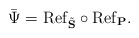
\begin{align*}\bar \Psi = \mathrm{Ref}_{\tilde{\mathbf S}} \circ \mathrm{Ref}_{\mathbf P}.\end{align*}